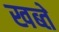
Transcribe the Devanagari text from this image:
खब्ते